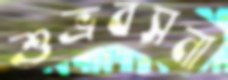
শুভ্রবসনা